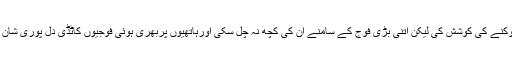
عربوں کے بعض قبائل نے ہاتھیوں والی فوج کاراستہ روکنے کی کوشش کی لیکن اتنی بڑی فوج کے سامنے ان کی کچھ نہ چل سکی اورہاتھیوں پربھری ہوئی فوجیوں کاٹڈی دل پوری شان و شوکت اورآن بان کے ساتھ کوئے کعبہ رواں دواں رہا۔